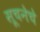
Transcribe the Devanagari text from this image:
सूचनेचे